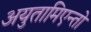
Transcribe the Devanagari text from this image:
अयुतामिएन्तो